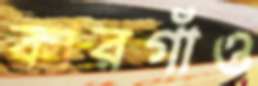
কারগাঁও